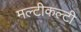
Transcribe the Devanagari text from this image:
मल्टीकल्टी